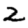
Digit: 2